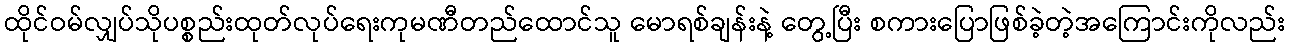
ထိုင်ဝမ်လျှပ်သိုပစ္စည်းထုတ်လုပ်ရေးကုမဏီတည်ထောင်သူ မောရစ်ချန်းနဲ့ တွေ့ပြီး စကားပြောဖြစ်ခဲ့တဲ့အကြောင်းကိုလည်း